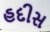
હદીસ